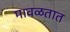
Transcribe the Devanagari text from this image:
मावळतात